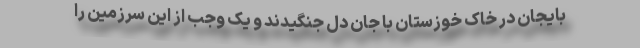
بایجان در خاک خوزستان با جان دل جنگیدند و یک وجب از این سرزمین را